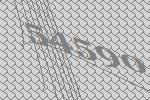
54590